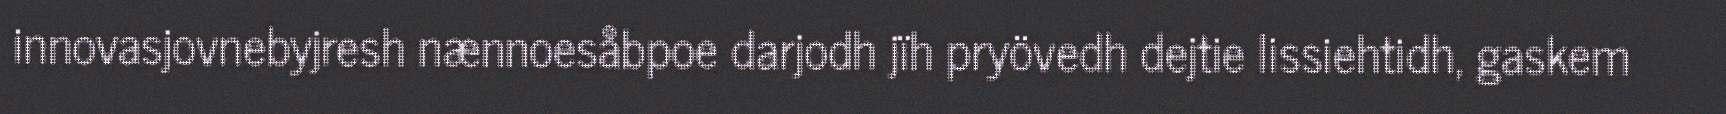
innovasjovnebyjresh nænnoesåbpoe darjodh jïh pryövedh dejtie lissiehtidh, gaskem